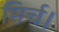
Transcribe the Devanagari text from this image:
मिर्च।